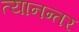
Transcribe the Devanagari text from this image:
त्यानन्तर